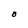
Character: O